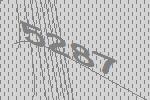
5287